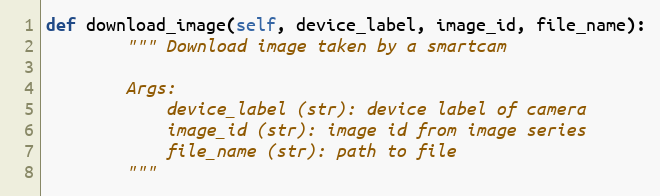
Language: Python
def download_image(self, device_label, image_id, file_name):
        """ Download image taken by a smartcam

        Args:
            device_label (str): device label of camera
            image_id (str): image id from image series
            file_name (str): path to file
        """